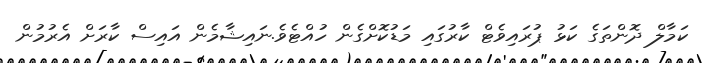
ކަމާލް ދޮންތަގެ ކަޅު ޕުރައިވެޓް ކާރުގައި މަޑުކޮށްގެން ހުއްޓެވެ.ނައިޝާމެން އައިސް ކާރަށް އެރުމުން